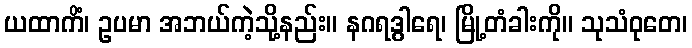
ယထာကိံ၊ ဥပမာ အဘယ်ကဲ့သို့နည်း။ နဂရဒွါရေ၊ မြို့တံခါးကို။ သုသံဝုတေ၊